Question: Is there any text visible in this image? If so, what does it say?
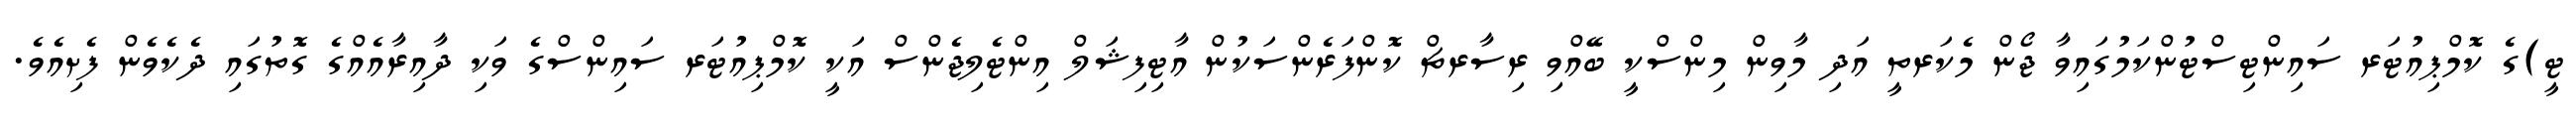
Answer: ޓީ)ގެ ކޮމްޕިއުޓަރ ސައިންޓިސްޓުންކަމުގައިވާ ޖޯން މެކަރތީ އަދި މާވިން މިންސްކީ ބޭއްވި ރިސާރޗް ކޮންފަރެންސަކުން އާޓިފިޝަލް އިންޓެލިޖެންސް އަކީ ކޮމްޕިއުޓަރ ސައިންސްގެ ވަކި ދާއިރާއެއްގެ ގޮތުގައި ދެކެވެން ފެށިއެވެ.